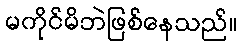
မကိုင်မိဘဲဖြစ်နေသည်။